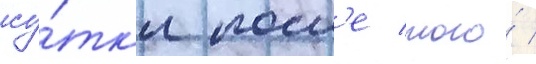
су́тк'и посл'е того́ /